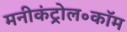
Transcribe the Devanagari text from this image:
मनीकंट्रोल॰कॉम